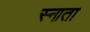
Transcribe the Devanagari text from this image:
स्नाता